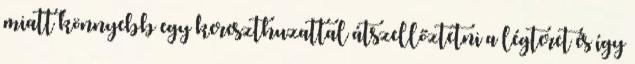
miatt könnyebb egy kereszthuzattal átszellőztetni a légteret és így